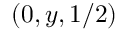
( 0 , y , 1 / 2 )